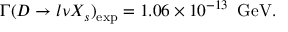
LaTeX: \Gamma ( D \rightarrow l \nu X _ { s } ) _ { \mathrm { e x p } } = 1 . 0 6 \times 1 0 ^ { - 1 3 } \, \, \, \mathrm { G e V } .